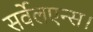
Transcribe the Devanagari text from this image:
सर्वेलएन्स।